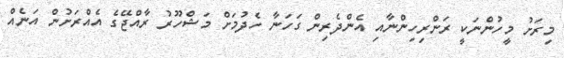
މިރަށު މީހުންނަކީ ރަންރިހިންނާއި އެންދެރިން ގަހަނާ ހެދުމަށް މަޝްހޫރު ރާއްޖޭގެ އެއްރަށުން އަނެއް